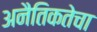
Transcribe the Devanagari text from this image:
अनैतिकतेचा